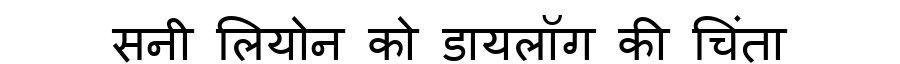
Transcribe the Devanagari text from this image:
सनी लियोन को डायलॉग की चिंता